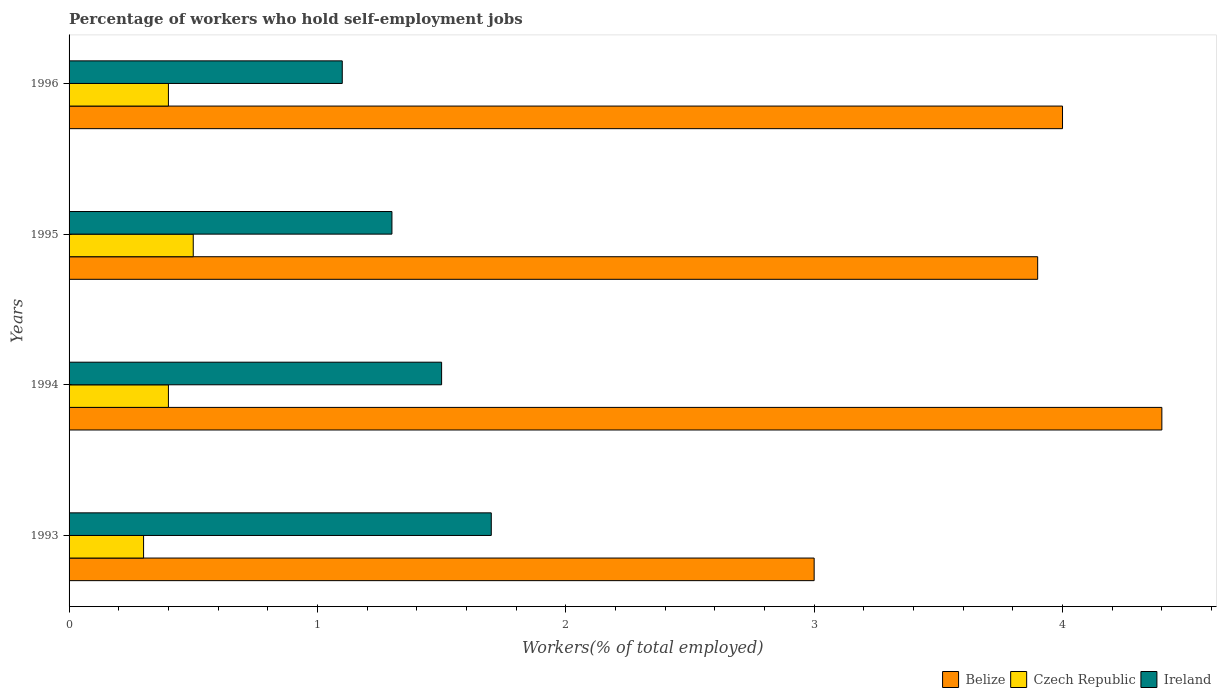
| Years | Belize | Czech Republic | Ireland |
 | --- | --- | --- | --- |
 | 1993 | 3 | 0.3 | 1.7 |
 | 1994 | 4.4 | 0.4 | 1.5 |
 | 1995 | 3.9 | 0.5 | 1.3 |
 | 1996 | 4 | 0.4 | 1.1 |